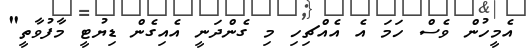
އެމީހުން ވެސް ހަމަ އެ އެއްޗިހި މި ގެންދަނީ އެއިގެން ޑިޔުޓީ މާފުވާތީ"